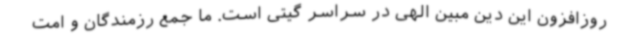
روزافزون این دین مبین الهی در سراسر گیتی است. ما جمع رزمندگان و امت